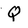
Character: Q